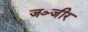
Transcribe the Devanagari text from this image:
जञ्जीर